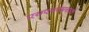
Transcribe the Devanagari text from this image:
एसएमएससाठी